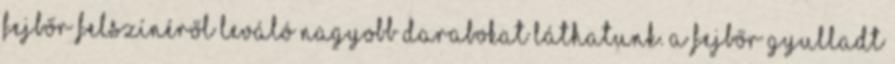
fejbőr felszínéről leváló nagyobb darabokat láthatunk. A fejbőr gyulladt